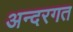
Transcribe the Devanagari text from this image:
अन्दरगत